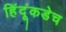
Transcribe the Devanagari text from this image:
हिंदूंकडेच